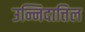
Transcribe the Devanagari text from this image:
उन्निदात्तिल